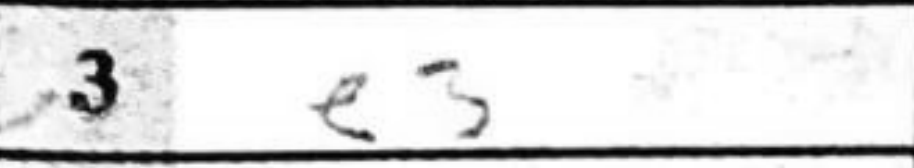
Transcription: e3